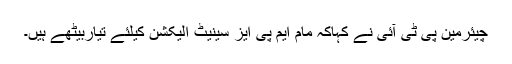
چیئرمین پی ٹی آئی نے کہاکہ مام ایم پی ایز سینیٹ الیکشن کیلئے تیاربیٹھے ہیں۔